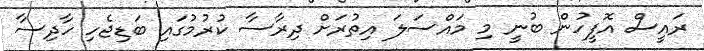
ރައީސް އޮފީހުން ބުނީ މި މައްސަލަ އިތުރަށް ދިރާސާ ކުރުމުގައި ބަޑިޖެހި ހާދިސާ